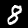
Digit: 8